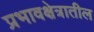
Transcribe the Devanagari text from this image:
प्रभावक्षेत्रातील